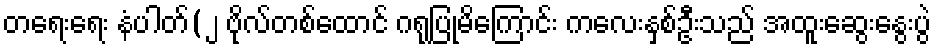
တရေးရေး နံပါတ်(၂ ဗိုလ်တစ်ထောင် ဂရုပြုမိကြောင်း ကလေးနှစ်ဦးသည် အထူးဆွေးနွေးပွဲ